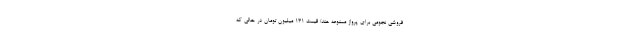
فروشی نجومی برای پرواز ممنوعه هند/ قیمت ۱۳۱ میلیون تومان در حالی که